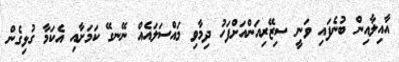
އާއިލާއިން ބުނެފައި ވަނީ ސިޒޭރިއަންއަށްފަހު ދިމާވި މައްސަލައެއް ނޭނގޭ ކަމަށާއި އެކަމާ ގުޅިގެން